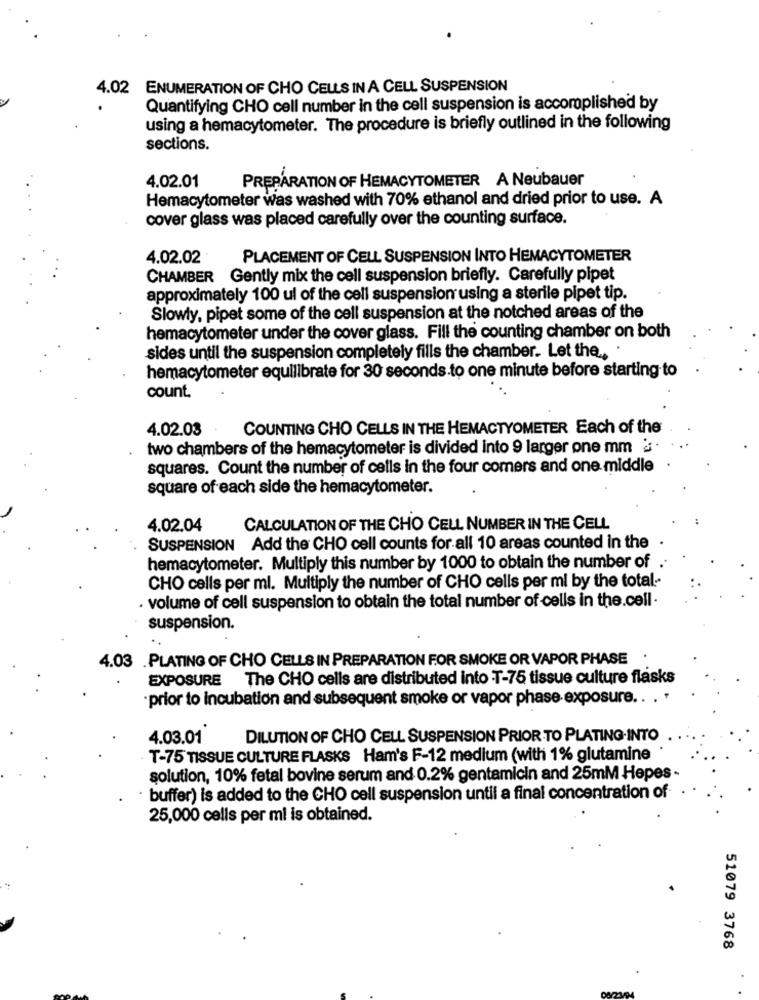
4.02 ENUMERATION OF CHO CELLS IN A CELL SUSPENSION
Quantifying CHO cell number in the cell suspension is accomplished by
using a hemacytometer. The procedure is briefly outlined in the following
sections.
PREPARATION OF HEMACYTOMETER A Neubauer
4.02.01
Hemacytometer was washed with 70% ethanol and dried prior to use. A
cover glass was placed carefully over the counting surface.
4.02.02
PLACEMENT OF CELL SUSPENSION INTO HEMACYTOMETER
CHAMBER Gently mix the cell suspension briefly. Carefully pipet
approximately 100 ul of the cell suspension using a sterile pipet tip.
Slowly, pipet some of the cell suspension at the notched areas of the
hemacytometer under the cover glass. Fill the counting chamber on both
sides until the suspension completely fills the chamber. Let the .. .
hemacytometer equilibrate for 30 seconds.to one minute before starting to
count.
4.02.03
COUNTING CHO CELLS IN THE HEMACTYOMETER Each of the
two chambers of the hemacytometer is divided into 9 larger one mm : .
squares. Count the number of cells in the four comers and one middle
square of each side the hemacytometer.
4.02.04
CALCULATION OF THE CHO CELL NUMBER IN THE CELL
SUSPENSION Add the CHO cell counts for all 10 areas counted in the
hemacytometer. Multiply this number by 1000 to obtain the number of .
CHO cells per ml. Multiply the number of CHO cells per mi by the total-
. volume of cell suspension to obtain the total number of cells in the.cell.
suspension.
4.03 .PLATING OF CHO CELLS IN PREPARATION FOR SMOKE OR VAPOR PHASE
EXPOSURE The CHO cells are distributed into T-75 tissue culture flasks
prior to incubation and subsequent smoke or vapor phase exposure .. . .
4.03.01
DILUTION OF CHO CELL SUSPENSION PRIOR TO PLATING-INTO
T-75 TISSUE CULTURE FLASKS Ham's F-12 medium (with 1% glutamine
solution, 10% fetal bovine serum and 0.2% gentamicin and 25mM Hepes-
buffer) is added to the CHO cell suspension until a final concentration of
25,000 cells per mi is obtained.
51079 3768